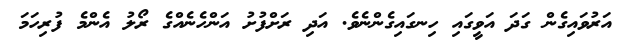
އަރުވައިގެން ގަދަ އަވީގައި ހިނގައިގެންނެވެ. އަދި ރަށްފުށު އަންހެނެއްގެ ރޯލު އެންމެ ފުރިހަމަ